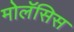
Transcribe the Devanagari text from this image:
मोलॅसिस